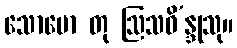
သောမော တု ဩသဓိ’န္ဒုသု။